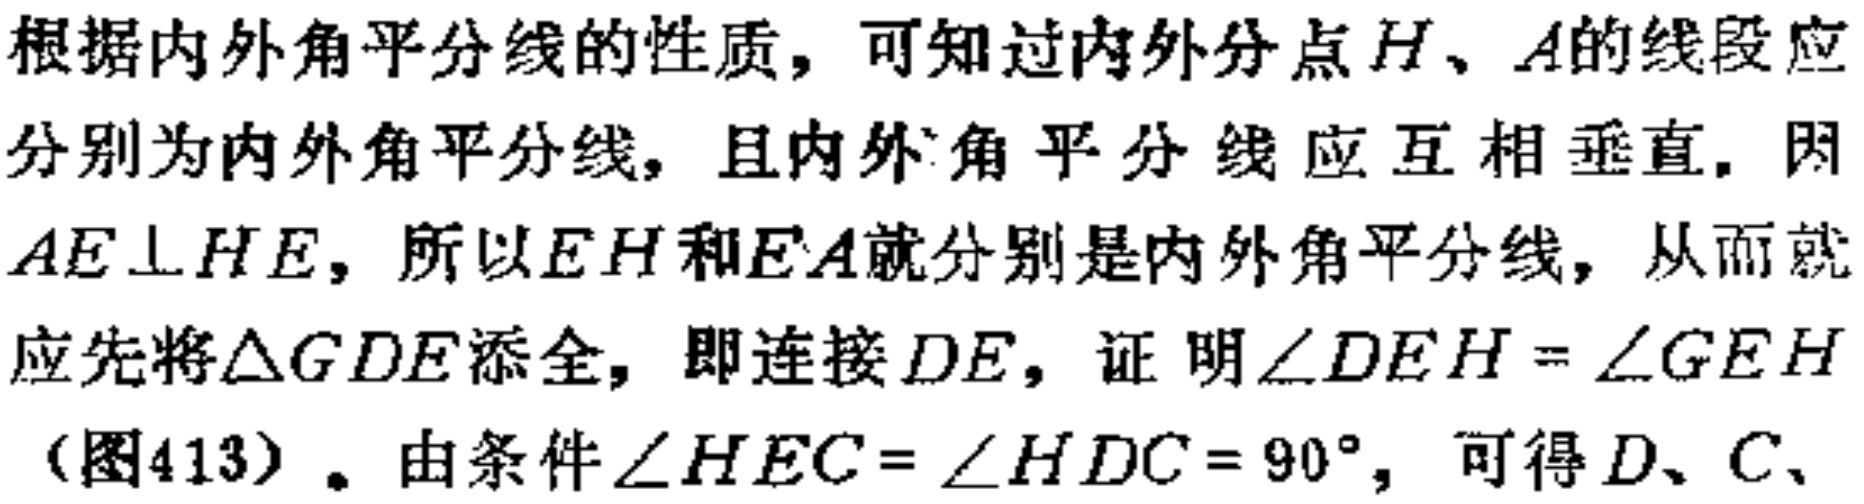
根据内外角平分线的性质，可知过内外分点\(H\)、\(A\)的线段应分别为内外角平分线，且内外角平分线应互相垂直. 因\(AE\perp HE\)，所以\(EH\)和\(EA\)就分别是内外角平分线，从而就应先将\(\triangle GDE\)添全，即连接\(DE\)，证明\(\angle DEH = \angle GEH\)（图413）. 由条件\(\angle HEC = \angle HDC = 90^{\circ}\)，可得\(D\)、\(C\)、